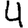
Digit: 4